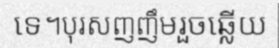
ទេ។បុរសញញឹមរួចឆ្លើយ